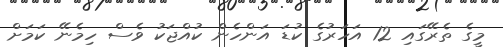
މީގެ ތެރޭގައި 12 އަހަރުގެ ކުޑަ އަންހެން ކުއްޖަކު ވެސް ހިމެނޭ ކަމަށް